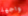
واجهة